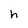
Character: h